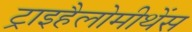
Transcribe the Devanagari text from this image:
ट्राइहैलोमीथेंस